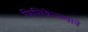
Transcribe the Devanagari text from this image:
फिसिकेल्ल्याने